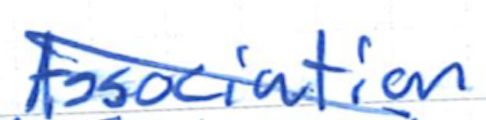
Text: Association
Cross-out: diagonal
Writing tool: ballpoint